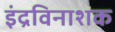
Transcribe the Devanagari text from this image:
इंद्रविनाशक